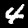
Digit: 4